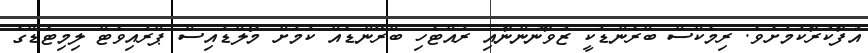
އުފާކުރާކަމަށެވެ. ރިމެކްސް ބްރެންޑަކީ ޒުވާނުންނާއި ރައްޓެހި ބްރޭންޑެއް ކަމަށް މޯލްޑައިސް ޕްރައިވެޓް ލިމިޓެޑްގެ